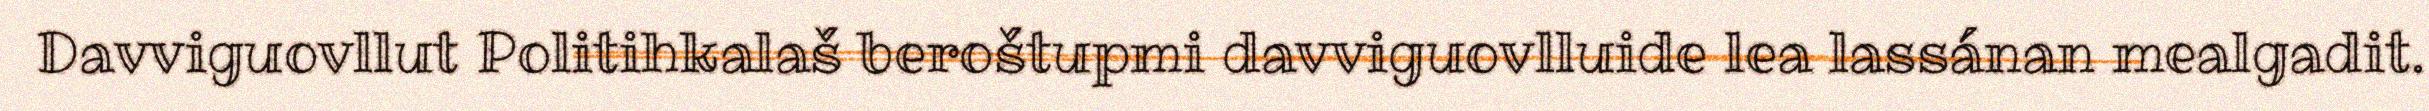
Davviguovllut Politihkalaš beroštupmi davviguovlluide lea lassánan mealgadit.